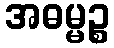
အဓမ္မဉ္စ